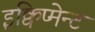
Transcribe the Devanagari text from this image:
इक्विप्मेन्ट